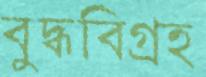
বুদ্ধবিগ্রহ